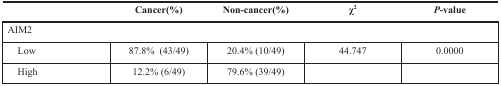
<table><thead><tr><td></td><td><b>Cancer(%)</b></td><td><b>Non-cancer(%)</b></td><td><b>χ<sup>2</sup></b></td><td><b><i>P</i>-value</b></td></tr></thead><tbody><tr><td colspan="5">AIM2</td></tr><tr><td> Low</td><td>87.8% (43/49)</td><td>20.4% (10/49)</td><td>44.747</td><td>0.0000</td></tr><tr><td> High</td><td>12.2% (6/49)</td><td>79.6% (39/49)</td><td></td><td></td></tr></tbody></table>